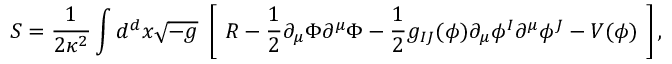
S = \frac 1 { 2 \kappa ^ { 2 } } \int d ^ { d } x \sqrt { - g } \ \left[ \ R - \frac 1 2 \partial _ { \mu } \Phi \partial ^ { \mu } \Phi - \frac 1 2 g _ { I J } ( \phi ) \partial _ { \mu } \phi ^ { I } \partial ^ { \mu } \phi ^ { J } - V ( \phi ) \ \right] ,